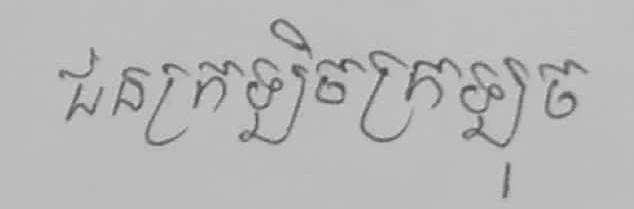
ជនក្រឡិចក្រឡុច